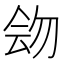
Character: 𠊉